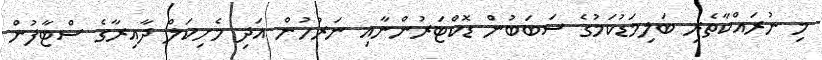
މި ނުރައްކާތެރި ބަލިމަޑުކަމުގެ ސަބަބުން ޑޮކްޓަރުންނާއި ނަރުހުން އަދި މެށިކަލް ދާއިރާގެ ސްޓާފުން